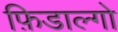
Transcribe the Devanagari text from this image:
फ़िडाल्गो